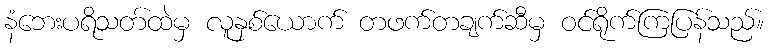
နံဘေးပရိသတ်ထဲမှ လူနှစ်ယောက် တဖက်တချက်ဆီမှ ဝင်ရိုက်ကြပြန်သည်။